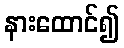
နားထောင်၍